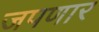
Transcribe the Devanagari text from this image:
जपणार